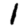
Digit: 1